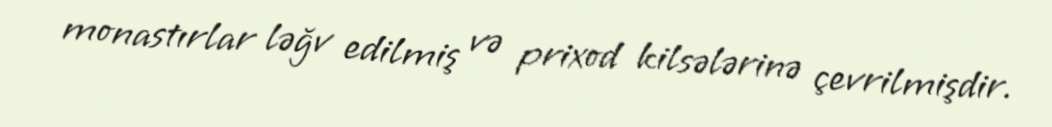
monastırlar ləğv edilmiş və prixod kilsələrinə çevrilmişdir.